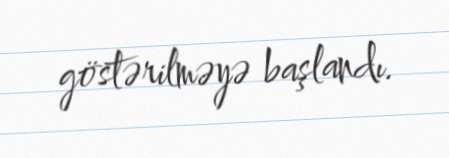
göstərilməyə başlandı.